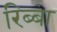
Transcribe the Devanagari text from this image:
रिब्बा